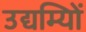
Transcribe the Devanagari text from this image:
उद्यम्यिों